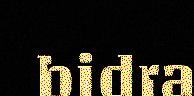
bidra